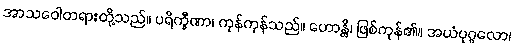
အာသဝေါတရားတို့သည်။ ပရိက္ခီဏာ၊ ကုန်ကုန်သည်။ ဟောန္တိ၊ ဖြစ်ကုန်၏။ အယံပုဂ္ဂလော၊